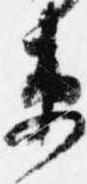
衛